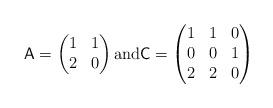
LaTeX: \begin{align*} \textsf{A} = \begin{pmatrix}1 & 1 \\2 & 0\end{pmatrix} \textrm{and} \textsf{C} = \begin{pmatrix} 1 & 1 & 0 \\ 0 & 0 & 1 \\ 2 & 2 & 0\end{pmatrix}\end{align*}